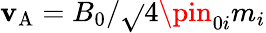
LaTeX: \mathbf{v}_{\mathrm{{A}}}=B_{0}/\sqrt{}{{4\pin_{0i}m_{i}}}